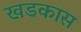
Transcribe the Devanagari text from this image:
खडकास